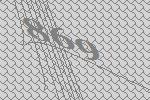
869